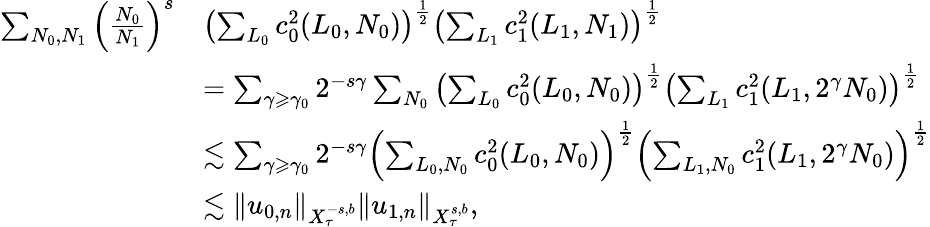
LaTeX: \begin{array}{rl}{\sum_{N_{0},N_{1}}\left(\frac{N_{0}}{N_{1}}\right)^{s}}&{\left(\sum_{L_{0}}c_{0}^{2}(L_{0},N_{0})\right)^{\frac{1}{2}}\left(\sum_{L_{1}}c_{1}^{2}(L_{1},N_{1})\right)^{\frac{1}{2}}}\\ &{=\sum_{\gamma\geqslant\gamma_{0}}2^{-s\gamma}\sum_{N_{0}}\left(\sum_{L_{0}}c_{0}^{2}(L_{0},N_{0})\right)^{\frac{1}{2}}\left(\sum_{L_{1}}c_{1}^{2}(L_{1},2^{\gamma}N_{0})\right)^{\frac{1}{2}}}\\ &{\lesssim\sum_{\gamma\geqslant\gamma_{0}}2^{-s\gamma}\left(\sum_{L_{0},N_{0}}c_{0}^{2}(L_{0},N_{0})\right)^{\frac{1}{2}}\left(\sum_{L_{1},N_{0}}c_{1}^{2}(L_{1},2^{\gamma}N_{0})\right)^{\frac{1}{2}}}\\ &{\lesssim\Vert u_{0,n}\Vert_{X_{\tau}^{-s,b}}\Vert u_{1,n}\Vert_{X_{\tau}^{s,b}},}\end{array}